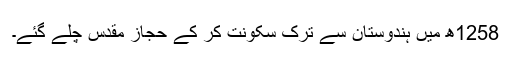
1258ھ میں ہندوستان سے ترک سکونت کر کے حجاز مقدس چلے گئے۔